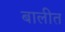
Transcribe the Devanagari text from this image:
बालीत